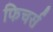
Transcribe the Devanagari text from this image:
फिचर्स